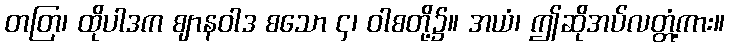
တတြ၊ ထိုပါဒက ဈာနဝါဒ စသော ၄၊ ဝါစတို့၌။ အယံ၊ ဤဆိုအပ်လတ္တံ့ကား။